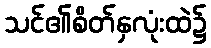
သင်၏စိတ်နှလုံးထဲ၌